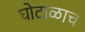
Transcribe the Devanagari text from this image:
घोटाळाच